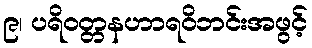
၉၊ ပရိဝတ္တနဟာရဝိဘင်းအဖွင့်